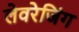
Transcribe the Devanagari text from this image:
लेवरेजिंग